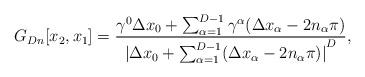
LaTeX: \begin{align*}G_{Dn} [x_2,x_1] = \frac{\gamma^0 \Delta x_0 + \sum_{\alpha =1}^{D-1} \gamma^{\alpha} ( \Delta x_{\alpha} - 2n_{\alpha} \pi)}{{\vert{ \Delta x_0 + \sum_{\alpha = 1}^{D-1} ( \Delta x_{\alpha}- 2n_{\alpha} \pi)}\vert}^{D}}, \end{align*}